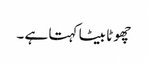
چھو ٹا بیٹا کہتا ہے ۔